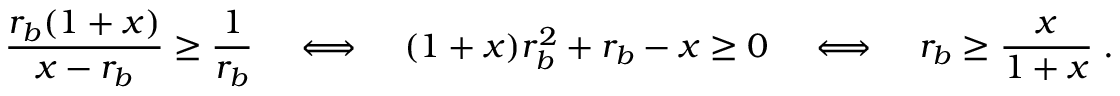
\frac { r _ { b } ( 1 + x ) } { x - r _ { b } } \geq \frac { 1 } { r _ { b } } \; \; \; \; \Longleftrightarrow \; \; \; \; ( 1 + x ) r _ { b } ^ { 2 } + r _ { b } - x \geq 0 \; \; \; \; \Longleftrightarrow \; \; \; \; r _ { b } \geq \frac { x } { 1 + x } \; .